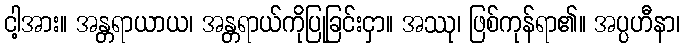
ငါ့အား။ အန္တရာယာယ၊ အန္တရာယ်ကိုပြုခြင်းငှာ။ အဿု၊ ဖြစ်ကုန်ရာ၏။ အပ္ပဟီနာ၊